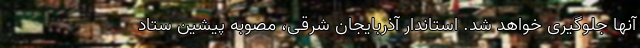
آنها جلوگیری خواهد شد. استاندار آذربایجان شرقی، مصوبه پیشین ستاد